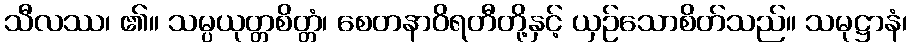
သီလဿ၊ ၏။ သမ္ပယုတ္တစိတ္တံ၊ စေတနာဝိရတီတို့နှင့် ယှဉ်သောစိတ်သည်။ သမုဋ္ဌာနံ၊